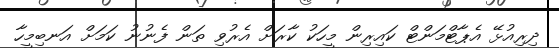
ދިރިއުޅޭ އެޕާޓްމަންޓް ކައިރިން މީހަކު ކާރަށް އެރުވި ތަން ފެނުނު ކަމަށް އަނބިމީހާ